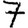
Digit: 7